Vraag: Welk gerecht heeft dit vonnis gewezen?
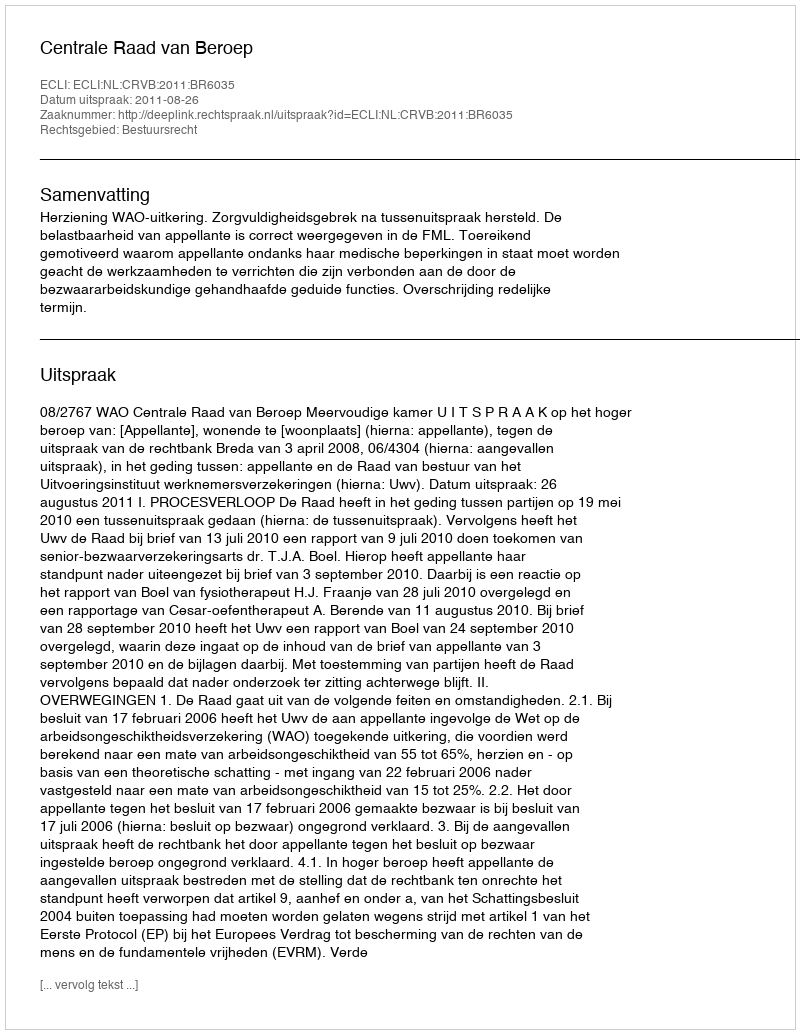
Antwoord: Centrale Raad van Beroep